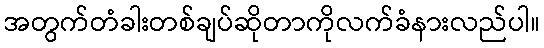
အတွက်တံခါးတစ်ချပ်ဆိုတာကိုလက်ခံနားလည်ပါ။